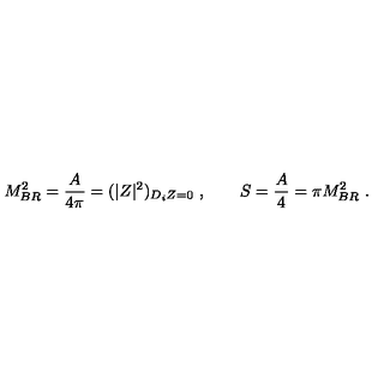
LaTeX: M _ { B R } ^ { 2 } = { \frac { A } { 4 \pi } } = ( | Z | ^ { 2 } ) _ { D _ { i } Z = 0 } \ , \qquad S = { \frac { A } { 4 } } = \pi M _ { B R } ^ { 2 } \ .